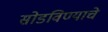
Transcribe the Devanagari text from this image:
सोडविण्‍याचे